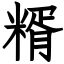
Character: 糈